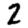
Digit: 2